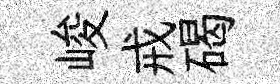
峻戒碣